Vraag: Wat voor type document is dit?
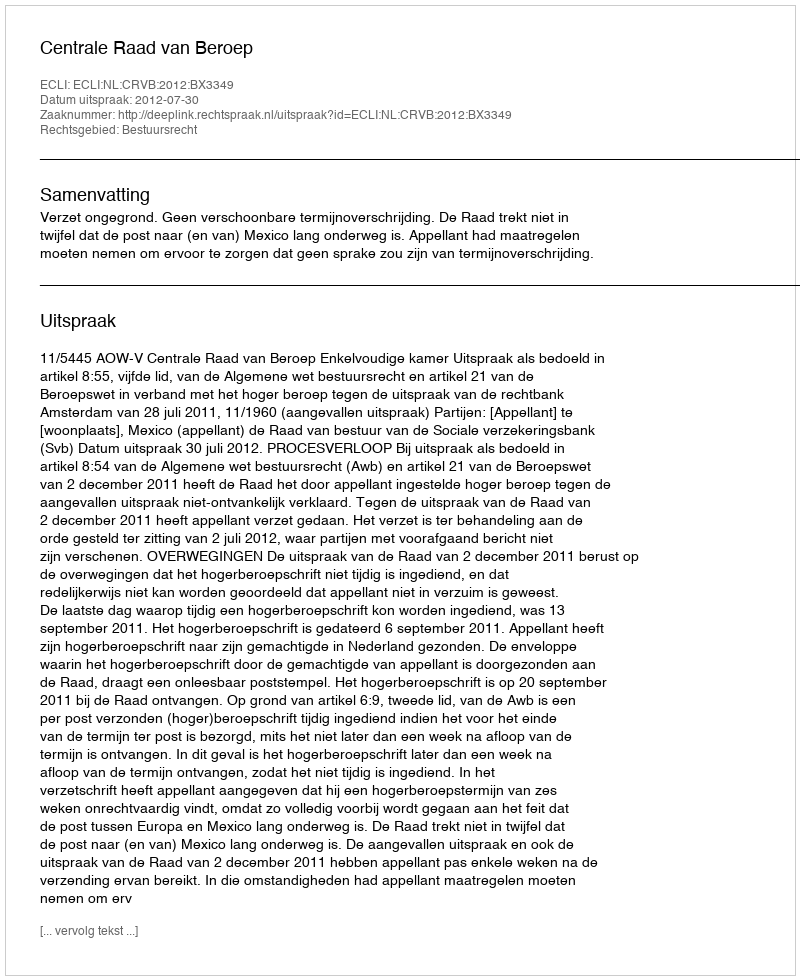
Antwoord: Uitspraak